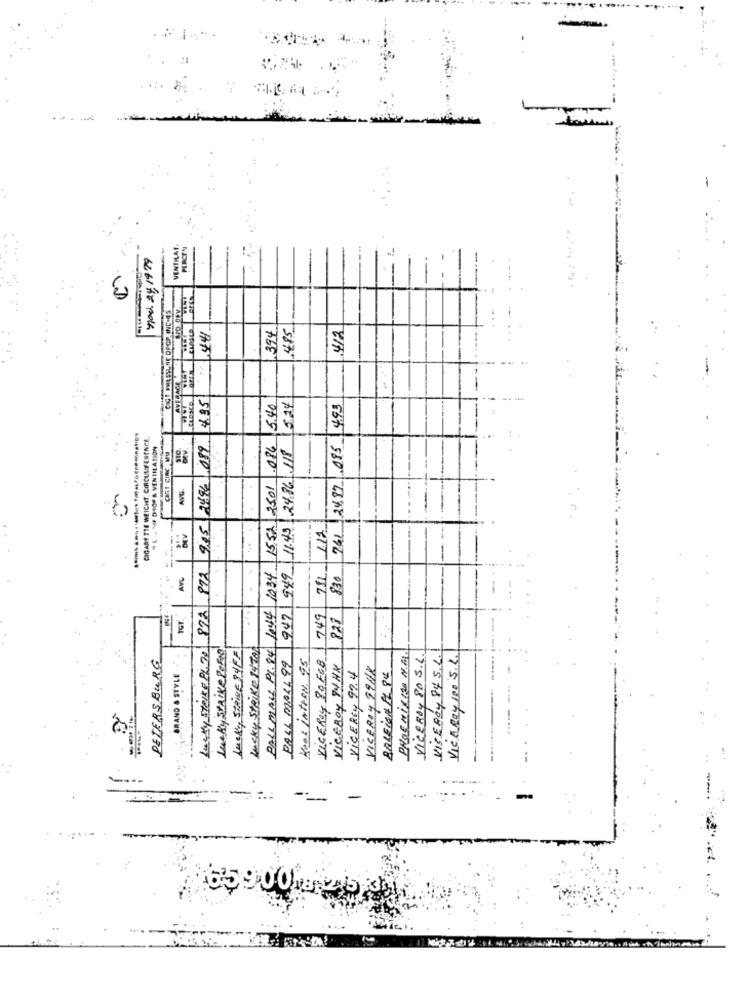
----
VENTILAI
PERCEN
Hoe 24 1979
4!
3
441
4/2
394
485.
4.35
SACSCO.
5.40
524
761 2487 085 499
CIGARE THE WEICHT CIRCUMFERENCE
.L . MF DIOF& VENTILATION
2494 089
026
947 949 11.45 24.86 118
ORT CIRC ,MM
1044 1034 1552 2501
AVG.
-
892 9.45
1.12
---
1
AVG
711
830
749
828
Lucky STRIKE PL. 70
Lucky Strike PORTO
Lucky STRIKE SHEE
Lucky Strike 1470
VISEROY 84 S.L.
VIC A Rey 100 5.2.
PETERSBURG
PALL MALL PL. 84
PALL MALL 99
VICEROY 80 FGB
PHOE MixIso N.M.
VICEROY 80 S.L.
KOOL INTERN. 95
VICEROY 94 HK
VICEROY 9911K
BRAND & STYLE
ViCEROY 99.4
BALEIGH FL 8€
-
::
--
-
65900 15